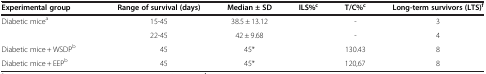
<table><thead><tr><td><b>Experimental group</b></td><td><b>Range of survival (days)</b></td><td><b>Median ± SD</b></td><td><b>ILS%<sup>c</sup></b></td><td><b>T/C%<sup>c</sup></b></td><td><b>Long-term survivors (LTS)<sup>f</sup></b></td></tr></thead><tbody><tr><td>Diabetic mice<sup>a</sup></td><td>15-45</td><td>38.5 ± 13.12</td><td>[EMPTY_CELL]</td><td>-</td><td>3</td></tr><tr><td>[EMPTY_CELL]</td><td>22-45</td><td>42 ± 9.68</td><td>[EMPTY_CELL]</td><td>-</td><td>4</td></tr><tr><td>Diabetic mice + WSDP<sup>b</sup></td><td>45</td><td>45*</td><td>[EMPTY_CELL]</td><td>130.43</td><td>8</td></tr><tr><td>Diabetic mice + EEP<sup>b</sup></td><td>45</td><td>45*</td><td>[EMPTY_CELL]</td><td>120,67</td><td>8</td></tr></tbody></table>